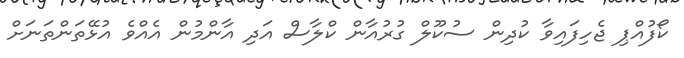
ކޯފުއްޕި ޖެހިފައިވާ ކުދިން ސުކޫލް ގުރުއާން ކްލާސް އަދި އާންމުން އެއްވެ އުޅޭތަންތަނަށް